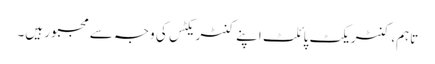
تاہم، کنٹریکٹ پائلٹ اپنے کنٹریکٹس کی وجہ سے مجبور ہیں۔